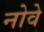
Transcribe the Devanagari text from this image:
नोवे